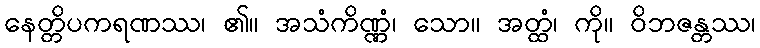
နေတ္တိပကရဏဿ၊ ၏။ အသံကိဏ္ဏံ၊ သော။ အတ္ထံ၊ ကို။ ဝိဘဇန္တဿ၊